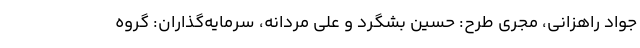
جواد راهزانی، مجری طرح: حسین بشگرد و علی مردانه، سرمایه‌گذاران: گروه